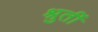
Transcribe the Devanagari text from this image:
श्रुतीं